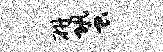
研蛩